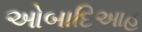
ઓબાદિઆહ